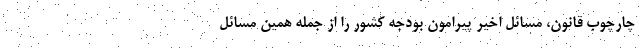
چارچوب قانون، مسائل اخیر پیرامون بودجه کشور را از جمله همین مسائل